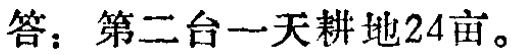
答：第二台一天耕地24亩。